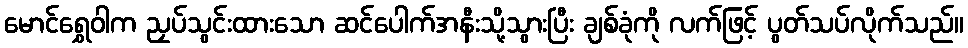
မောင်ရွှေဝါက ညှပ်သွင်းထားသော ဆင်ပေါက်အနီးသို့သွားပြီး ချစ်ခုံကို လက်ဖြင့် ပွတ်သပ်လိုက်သည်။